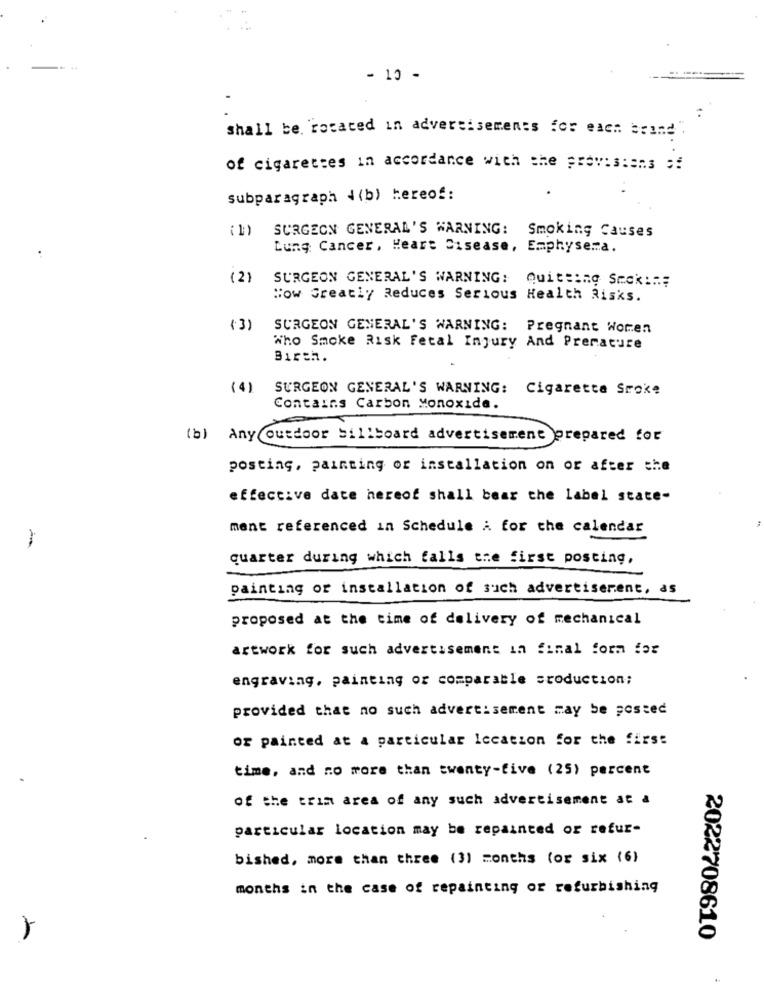
- 10 -
shall be rocaced in advertisements for each brand .
of cigarettes in accordance with the provisions of
subparagraph (b) hereof:
( 1)
SURGEON GENERAL'S WARNING: Smoking Causes
Lung Cancer, Heart Disease, Emphysema.
( 2)
SURGEON GENERAL'S WARNING: Quitting Smak :=;
How Greatly Reduces Serious Health Risks.
(3)
SURGEON GENERAL'S WARNING:
Pregnant Women
Who Smoke Risk Fetal Injury And Premature
Birth.
(4)
SURGEON GENERAL'S WARNING: Cigarette Smoke
Contains Carbon Monoxide.
(b) Any outdoor billboard advertisement prepared for
posting, painting or installation on or after the
effective date hereof shall bear the label state-
ment referenced in Schedule A for the calendar
quarter during which falls the first posting,
painting or installation of such advertisement, as
proposed at the time of delivery of mechanical
artwork for such advertisement in final form for
engraving, painting or comparable sroduction;
provided that no such advertisement may be posted
or painted at a particular location for the first
time, and no more than twenty-five (25) percent
of the trim area of any such advertisement at a
particular location may be repainted or refur-
bished, more than three (3) months (or six (6)
months in the case of repainting or refurbishing
2022708610
.